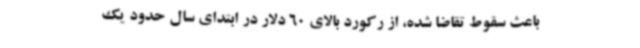
باعث سقوط تقاضا شده، از رکورد بالای 60 دلار در ابتدای سال حدود یک